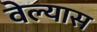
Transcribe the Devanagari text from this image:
वेल्यास